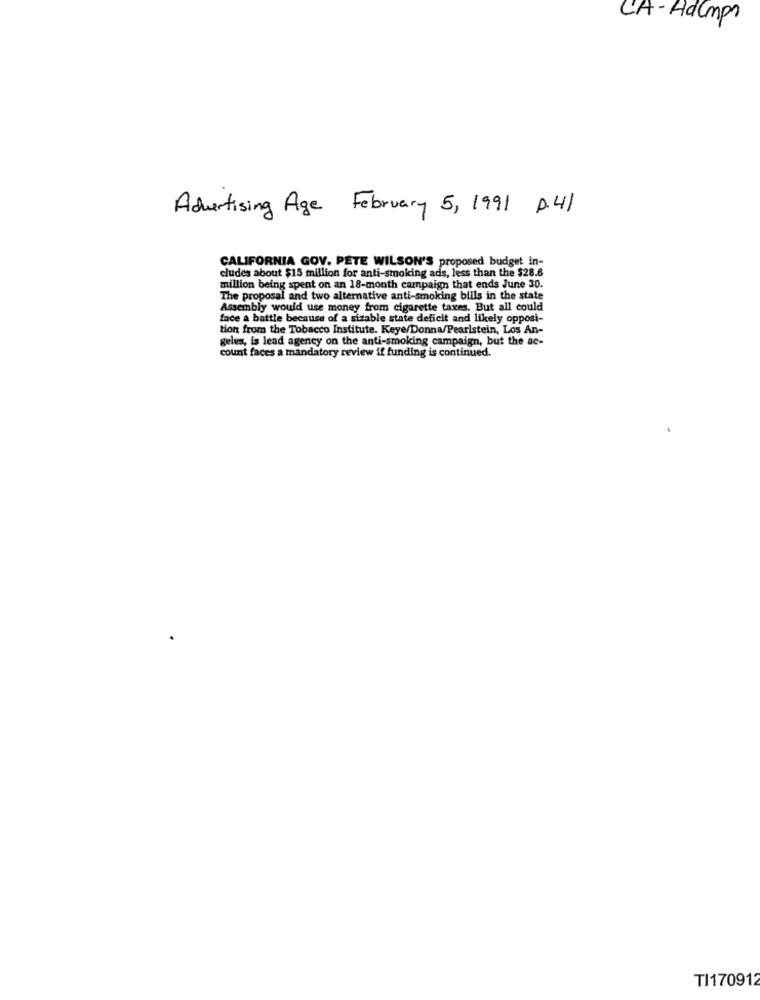
CA- Adumps
Advertising Age February 5, 1991 0.41
CALIFORNIA GOV. PETE WILSON'S proposed budget in-
cludes about $15 million for anti-smoking ads, less than the $28.6
million being spent on an 18-month campaign that ends June 30.
The proposal and two alternative anti-smoking bills in the state
Assembly would use money from cigarette taxes. But all could
face a battle because of a sizable state deficit and likely opposi-
tion from the Tobacco Institute. Keye/Donna/Pearlstein, Los An-
gelus, is lead agency on the anti-smoking campaign, but the ac-
count faces a mandatory review if funding is continued.
TI170912